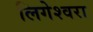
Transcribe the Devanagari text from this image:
लिगेश्वरा